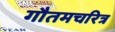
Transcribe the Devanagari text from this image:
गौतमचरित्र